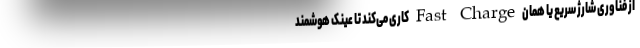
از فناوری شارژ سریع یا همان Fast Charge کاری می‌کند تا عینک هوشمند